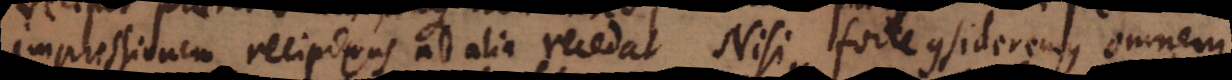
impressionem recipiens ab alia recedat. Nisi forte consideremus omnem